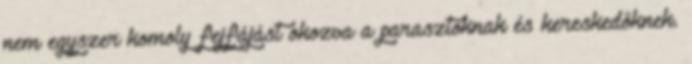
nem egyszer komoly fejfájást okozva a parasztoknak és kereskedőknek.